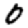
Digit: 0